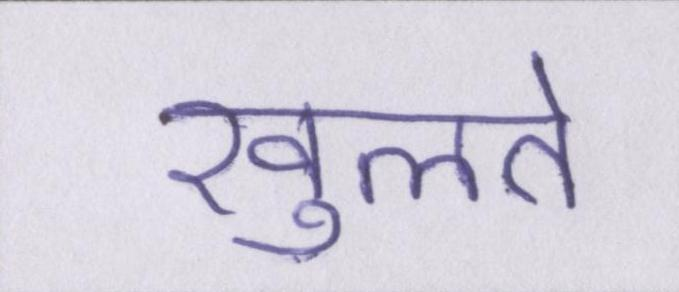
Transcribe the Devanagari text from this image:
खुलते